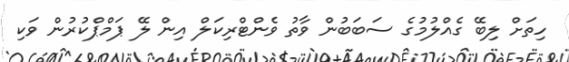
ހިތަށް ލިބޭ ގެއްލުމުގެ ސަބަބުން ވާތު ވެންޓްރިކަލް އިން ލޭ ޕަމްޕްކުރުން ވަކި